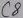
Text: C8